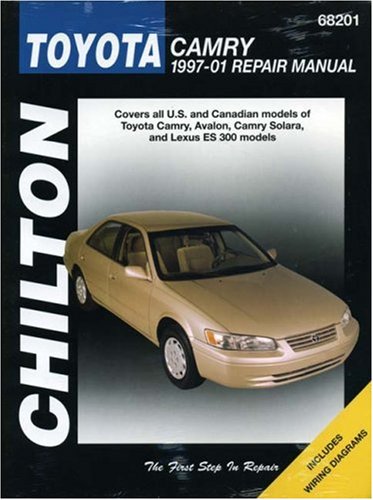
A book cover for Toyota Camry (Chilton's 1997-2001 Repair Manual); Chilton; Engineering & Transportation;